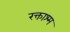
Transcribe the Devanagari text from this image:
रक्ताश्म